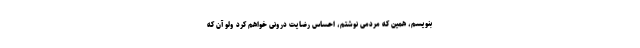
بنویسم، همین که مردمی نوشتم، احساس رضایت درونی خواهم کرد ولو آن که